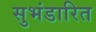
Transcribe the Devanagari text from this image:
सुभंडारित